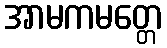
အာမကမတ္တေ